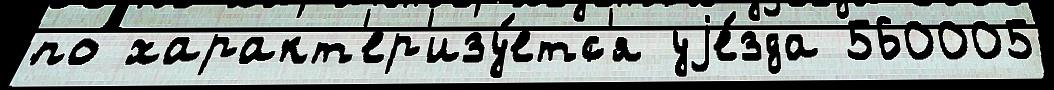
по характ'ер'изу́етс'я уjе́зда 560005